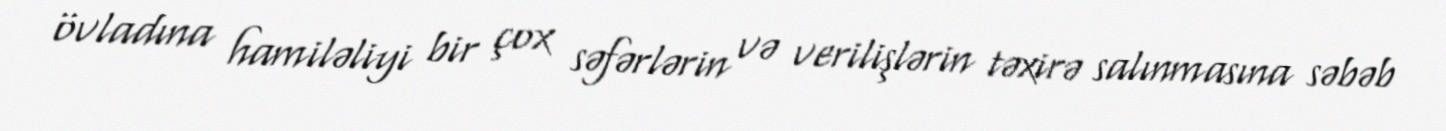
övladına hamiləliyi bir çox səfərlərin və verilişlərin təxirə salınmasına səbəb